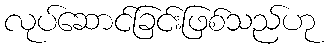
လုပ်ဆောင်ခြင်းဖြစ်သည်ဟု